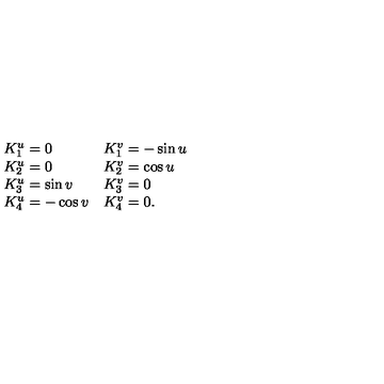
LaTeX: \begin{array} { l l } { K _ { 1 } ^ { u } = 0 } & { K _ { 1 } ^ { v } = - \sin u } \\ { K _ { 2 } ^ { u } = 0 } & { K _ { 2 } ^ { v } = \cos u } \\ { K _ { 3 } ^ { u } = \sin v } & { K _ { 3 } ^ { v } = 0 } \\ { K _ { 4 } ^ { u } = - \cos v } & { K _ { 4 } ^ { v } = 0 . } \\ \end{array}